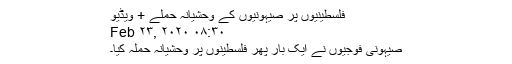
فلسطینیوں پر صیہونیوں کے وحشیانہ حملے + ویڈیو
Feb ۲۳, ۲۰۲۰ ۰۸:۳۰
صیہونی فوجیوں نے ایک بار پھر فلسطینوں پر وحشیانہ حملہ کیا۔